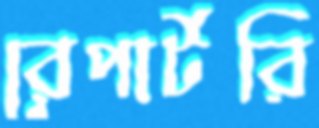
রেপার্টরি